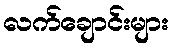
လက်ချောင်းများ